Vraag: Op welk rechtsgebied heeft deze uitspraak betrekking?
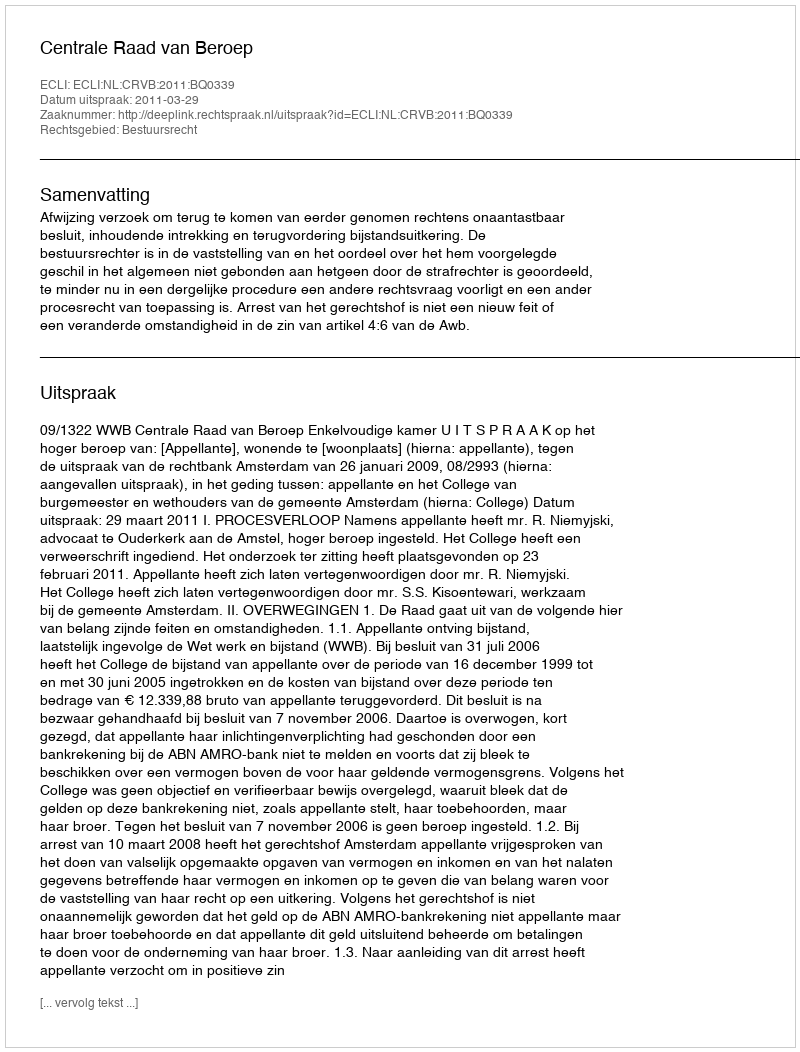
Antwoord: Bestuursrecht